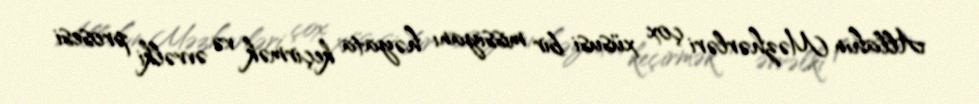
Allahın Məzhərləri çox xüsusi bir missiyanı həyata keçirmək və əvvəlki prosesi